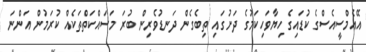
އޭއެމްސީއެސްގެ ކުޑައިގެ ހިޔާވަހިކަމުގެ ދަށުގައި ތިބެގެން ދަނޑުވެރިން ބުރަ މަސައްކަތްތަކެއް ކުރަމުން އަންނަ